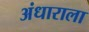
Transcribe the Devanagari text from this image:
अंधाराला